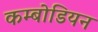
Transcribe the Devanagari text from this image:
कम्बोडियन